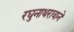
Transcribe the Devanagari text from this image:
रघुनाथरावाने